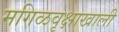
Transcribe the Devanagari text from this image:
मगिळवृक्षाखाली